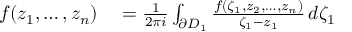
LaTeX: \begin{array} { r l } { f ( z _ { 1 } , \ldots , z _ { n } ) } & { { } = { \frac { 1 } { 2 \pi i } } \int _ { \partial D _ { 1 } } { \frac { f ( \zeta _ { 1 } , z _ { 2 } , \ldots , z _ { n } ) } { \zeta _ { 1 } - z _ { 1 } } } \, d \zeta _ { 1 } } \end{array}